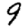
Digit: 9